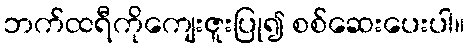
ဘက်ထရီကိုကျေးဇူးပြု၍ စစ်ဆေးပေးပါ။